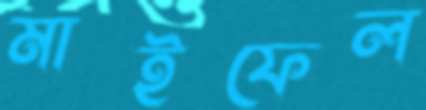
মাইফেল